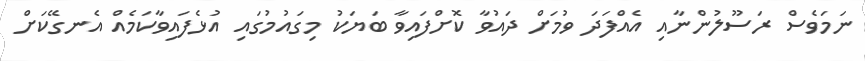
ނަމަވެސް ރަސޫލުންނާއި އެއްފަދަ ވުމަށް ދައުވާ ކޮށްފައިވާ ބަޔަކު މިގައުމުގައި އުޅެފައިވާކަމެއް އެނގޭކަށް